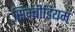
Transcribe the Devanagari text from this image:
सिम्बीडियम